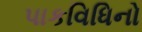
પાકવિધિનો